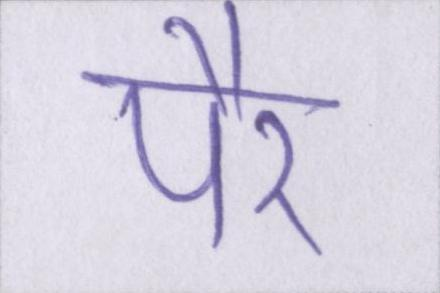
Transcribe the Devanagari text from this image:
पैर